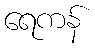
ရေကန်